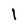
Character: l